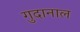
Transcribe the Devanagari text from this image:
गुदानाल